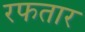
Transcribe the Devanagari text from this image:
रफतार